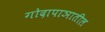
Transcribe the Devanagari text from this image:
गोदापाञातील